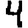
Digit: 4